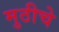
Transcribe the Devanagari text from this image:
मुठीचे